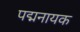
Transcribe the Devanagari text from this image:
पद्मनायक